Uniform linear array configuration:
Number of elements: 4
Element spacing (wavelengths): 0.75
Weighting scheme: hamming
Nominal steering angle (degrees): -15
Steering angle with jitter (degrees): -14.434
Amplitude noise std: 0.05
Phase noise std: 0.05

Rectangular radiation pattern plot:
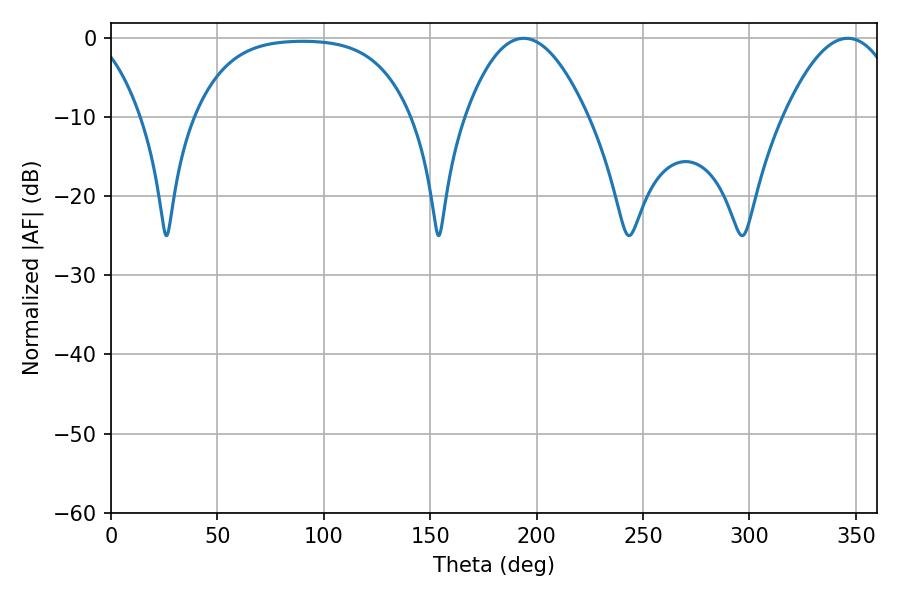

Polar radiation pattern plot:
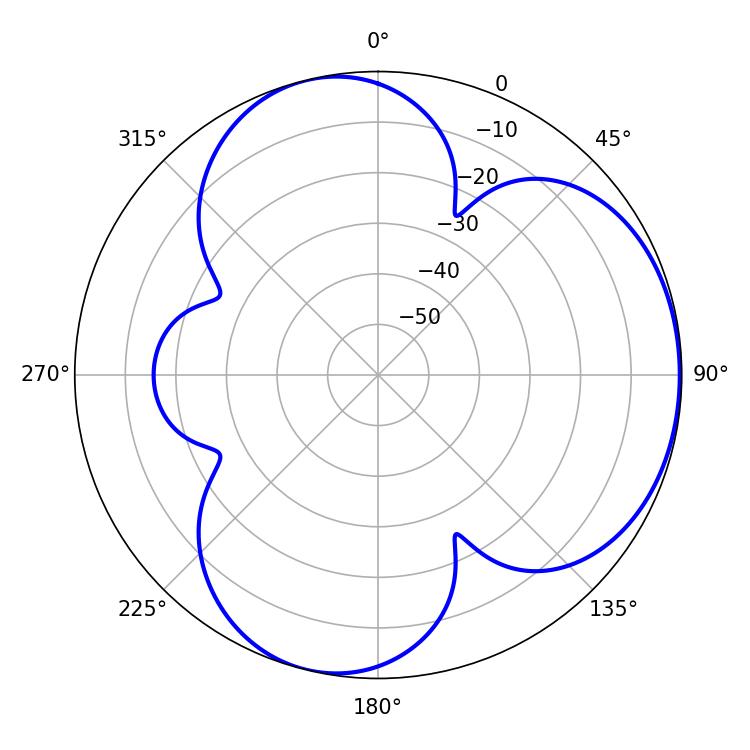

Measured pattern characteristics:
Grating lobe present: TRUE
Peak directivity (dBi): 4.477
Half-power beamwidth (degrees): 31.5
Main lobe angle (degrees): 193.86